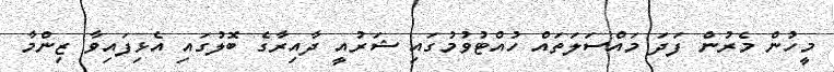
މީހުން މެރުން ފަދަ މައްސަލަތައް ހުއްޓުވުމުގައި ޝަރުއީ ދާއިރާގެ ބޮލުގައި އެޅިފައިވާ ޒިންމާ